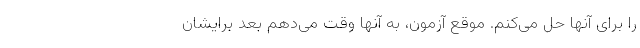
را برای آنها حل می‌کنم. موقع آزمون، به آنها وقت می‌دهم بعد برایشان